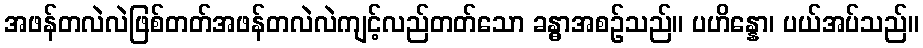
အဖန်တလဲလဲဖြစ်တတ်အဖန်တလဲလဲကျင့်လည်တတ်သော ခန္ဓာအစဉ်သည်။ ပဟိန္နော၊ ပယ်အပ်သည်။